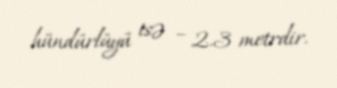
hündürlüyü isə – 2.3 metrdir.